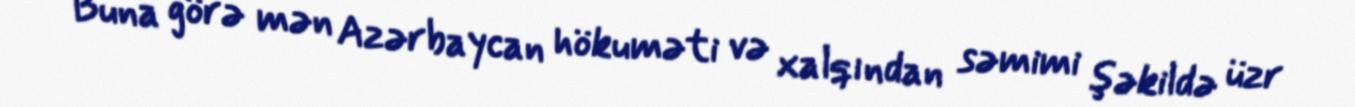
Buna görə mən Azərbaycan hökuməti və xalqından səmimi şəkildə üzr